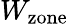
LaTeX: W_{\mathrm{zone}}